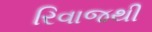
રિવાજથી